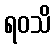
ရဝသိ